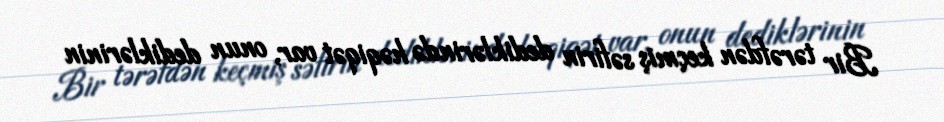
Bir tərəfdən keçmiş səfirin dediklərində həqiqət var, onun dediklərinin